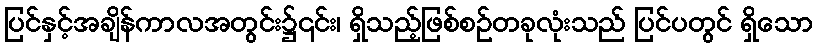
ပြင်နှင့်အချိန်ကာလအတွင်း၌၎င်း၊ ရှိသည့်ဖြစ်စဉ်တခုလုံးသည် ပြင်ပတွင် ရှိသော